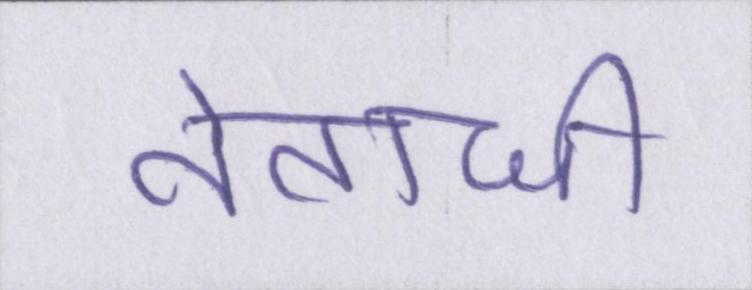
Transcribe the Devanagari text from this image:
नेताजी